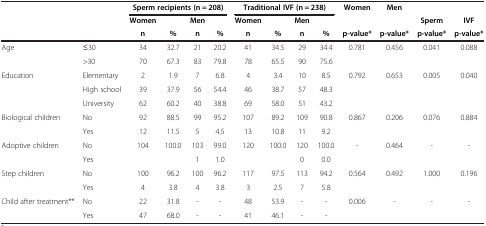
<table><thead><tr><td><b> </b></td><td><b> </b></td><td colspan="4"><b>Sperm recipients (n = 208)</b></td><td colspan="4"><b>Traditional IVF (n = 238)</b></td><td><b>Women</b></td><td><b>Men</b></td><td><b> </b></td><td><b> </b></td></tr><tr><td><b> </b></td><td><b> </b></td><td><b>Women</b></td><td><b> </b></td><td><b>Men</b></td><td><b> </b></td><td><b>Women</b></td><td><b> </b></td><td><b>Men</b></td><td><b> </b></td><td><b> </b></td><td><b> </b></td><td><b>Sperm</b></td><td><b>IVF</b></td></tr><tr><td><b> </b></td><td><b> </b></td><td><b>n</b></td><td><b>%</b></td><td><b>n</b></td><td><b>%</b></td><td><b>n</b></td><td><b>%</b></td><td><b>n</b></td><td><b>%</b></td><td><b>p-value*</b></td><td><b>p-value*</b></td><td><b>p-value*</b></td><td><b>p-value*</b></td></tr></thead><tbody><tr><td>Age</td><td>≤30</td><td>34</td><td>32.7</td><td>21</td><td>20.2</td><td>41</td><td>34.5</td><td>29</td><td>34.4</td><td>0.781</td><td>0.456</td><td>0.041</td><td>0.088</td></tr><tr><td> </td><td>&gt;30</td><td>70</td><td>67.3</td><td>83</td><td>79.8</td><td>78</td><td>65.5</td><td>90</td><td>75.6</td><td> </td><td> </td><td> </td><td> </td></tr><tr><td>Education</td><td>Elementary</td><td>2</td><td>1.9</td><td>7</td><td>6.8</td><td>4</td><td>3.4</td><td>10</td><td>8.5</td><td>0.792</td><td>0.653</td><td>0.005</td><td>0.040</td></tr><tr><td> </td><td>High school</td><td>39</td><td>37.9</td><td>56</td><td>54.4</td><td>46</td><td>38.7</td><td>57</td><td>48.3</td><td> </td><td> </td><td> </td><td> </td></tr><tr><td> </td><td>University</td><td>62</td><td>60.2</td><td>40</td><td>38.8</td><td>69</td><td>58.0</td><td>51</td><td>43.2</td><td> </td><td> </td><td> </td><td> </td></tr><tr><td>Biological children</td><td>No</td><td>92</td><td>88.5</td><td>99</td><td>95.2</td><td>107</td><td>89.2</td><td>109</td><td>90.8</td><td>0.867</td><td>0.206</td><td>0.076</td><td>0.884</td></tr><tr><td> </td><td>Yes</td><td>12</td><td>11.5</td><td>5</td><td>4.5</td><td>13</td><td>10.8</td><td>11</td><td>9.2</td><td> </td><td> </td><td> </td><td> </td></tr><tr><td>Adoptive children</td><td>No</td><td>104</td><td>100.0</td><td>103</td><td>99.0</td><td>120</td><td>100.0</td><td>120</td><td>100.0</td><td>-</td><td>0.464</td><td>-</td><td>-</td></tr><tr><td> </td><td>Yes</td><td> </td><td> </td><td>1</td><td>1.0</td><td> </td><td> </td><td>0</td><td>0.0</td><td> </td><td> </td><td> </td><td> </td></tr><tr><td>Step children</td><td>No</td><td>100</td><td>96.2</td><td>100</td><td>96.2</td><td>117</td><td>97.5</td><td>113</td><td>94.2</td><td>0.564</td><td>0.492</td><td>1.000</td><td>0.196</td></tr><tr><td> </td><td>Yes</td><td>4</td><td>3.8</td><td>4</td><td>3.8</td><td>3</td><td>2.5</td><td>7</td><td>5.8</td><td> </td><td> </td><td> </td><td> </td></tr><tr><td>Child after treatment**</td><td>No</td><td>22</td><td>31.8</td><td>-</td><td>-</td><td>48</td><td>53.9</td><td>-</td><td>-</td><td>0.006</td><td>-</td><td>-</td><td>-</td></tr><tr><td> </td><td>Yes</td><td>47</td><td>68.0</td><td>-</td><td>-</td><td>41</td><td>46.1</td><td>-</td><td>-</td><td> </td><td> </td><td> </td><td> </td></tr></tbody></table>